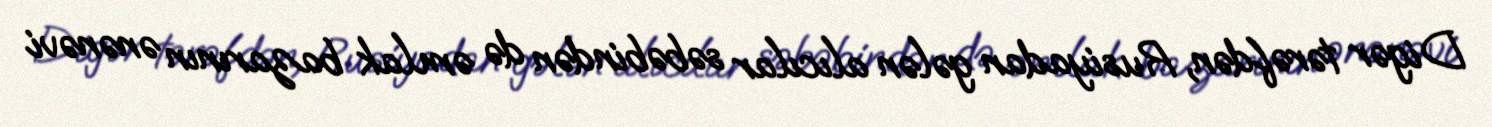
Digər tərəfdən, Rusiyadan gələn alıcılar səbəbindən də əmlak bazarının ənənəvi